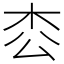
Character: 枩